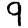
Digit: 9